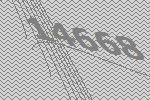
14668